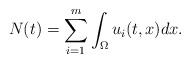
LaTeX: \begin{align*}N(t) = \sum_{i=1}^m \int_\Omega u_i(t,x) dx.\end{align*}